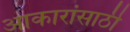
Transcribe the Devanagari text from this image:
आकारांसाठी